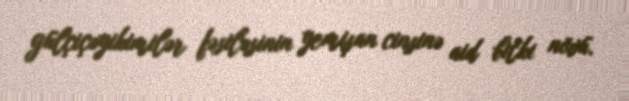
gülçiçəyikimilər fəsiləsinin yemişan cinsinə aid bitki növü.